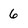
Character: 6